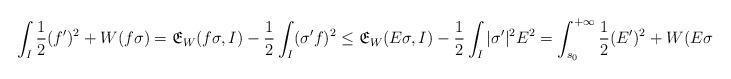
LaTeX: \begin{align*} \int_I \frac 12(f')^2+W(f\sigma)= \mathfrak{E}_{W}(f\sigma,I)-\frac 12\int_I (\sigma'f)^2\leq \mathfrak{E}_{W}(E\sigma,I)-\frac 12\int_I |\sigma'|^2 E^2= \int_{s_0}^{+\infty} \frac 12(E')^2+W(E\sigma). \end{align*}